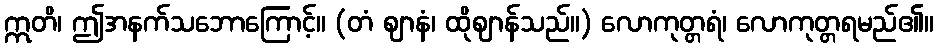
ဣတိ၊ ဤအနက်သဘောကြောင့်။ (တံ ဈာနံ၊ ထိုဈာန်သည်။) လောကုတ္တရံ၊ လောကုတ္တရမည်၏။